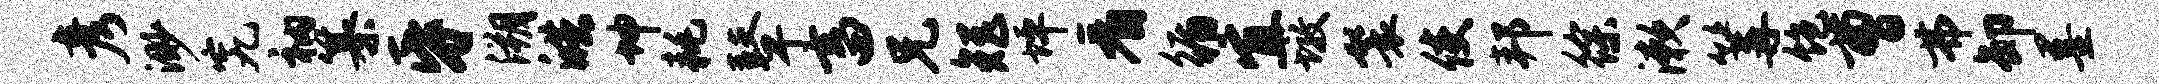
彦渺究衲纂昏溯皓坤耗鼙畜兄矩坪看循宜墩鬟使邦徐漱篝饱曹弗卸墨